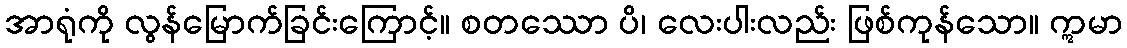
အာရုံကို လွန်မြောက်ခြင်းကြောင့်။ စတဿော ပိ၊ လေးပါးလည်း ဖြစ်ကုန်သော။ ဣမာ